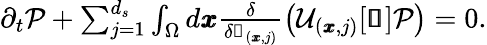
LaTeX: \begin{array}{r}{\partial_{t}\mathcal{P}+\sum_{j=1}^{d_{s}}\int_{\Omega}d\pmb{x}\frac{\delta}{\delta\mathscr{s}_{(\pmb{x},j)}}\left(\mathcal{U}_{(\pmb{x},j)}[\pmb{\mathscr{s}}]\mathcal{P}\right)=0.}\end{array}